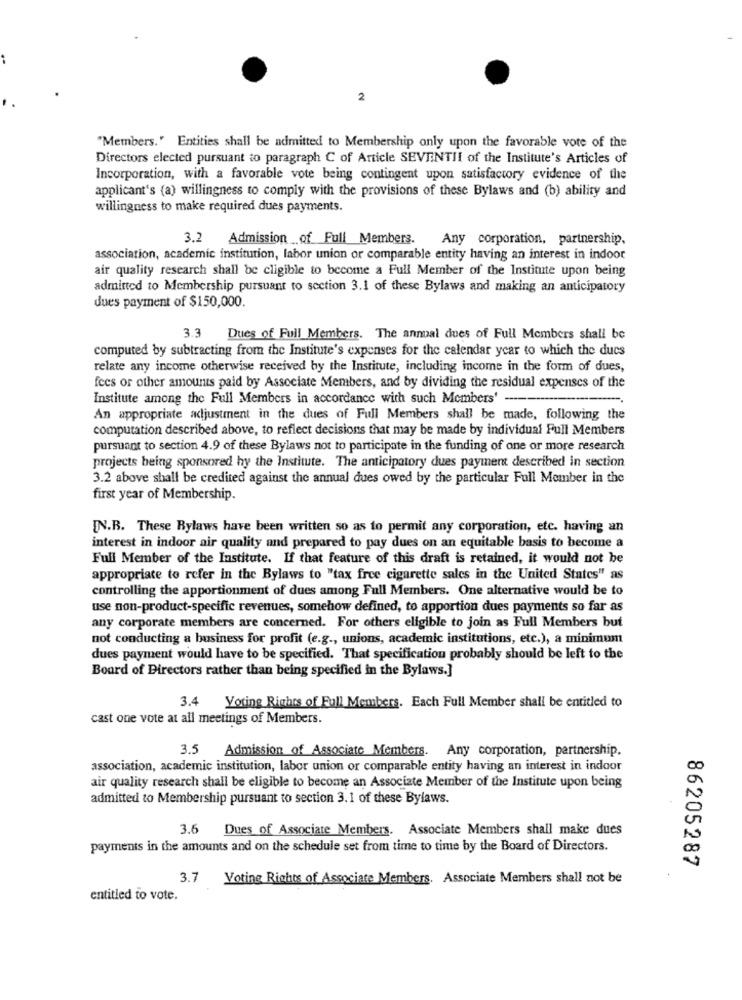
2
"Members." Entities shall be admitted to Membership only upon the favorable vote of the
Directors elected pursuant to paragraph C of Article SEVENTII of the Institute's Articles of
Incorporation, with a favorable vote being contingent upon satisfactory evidence of the
applicant's (a) willingness to comply with the provisions of these Bylaws and (b) ability and
willingness to make required dues payments.
3.2 Admission of Full Memberg.
Any corporation, partnership.
association, academic institution, labor union or comparable entity having an interest in indoor
air quality research shall be cligible to become a Full Member of the Institute upon being
admitted to Membership pursuant to section 3.1 of these Bylaws and making an anticipatory
dues payment of $150,000.
3.3 Dues of Full Members. The annual dues of Full Members shall be
computed by subtracting from the Institute's expenses for the calendar year to which the ducs
relate any income otherwise received by the Institute, including income in the form of dues,
fees or other amounts paid by Associate Members, and by dividing the residual expenses of the
Institute among the Full Members in accordance with such Members'
An appropriate adjustment in the dues of Full Members shall be made, following the
computation described above, to reflect decisions that may be made by individual Full Members
pursuant to section 4.9 of these Bylaws not to participate in the funding of one or more research
projects being sponsored by the Institute. The anticipatory dues payment described in section
3.2 above shall be credited against the annual dues owed by the particular Full Member in the
first year of Membership.
[N.B. These Bylaws have been written so as to permit any corporation, etc. having an
interest in indoor air quality and prepared to pay dues on an equitable basis to become a
Full Member of the Institute. If that feature of this draft is retained, it would not be
appropriate to refer in the Bylaws to "tax free cigarette sales in the United States" as
controlling the apportionment of dues among Full Members. One alternative would be to
use non-product-specific revenues, somehow defined, to apportion dues payments so far as
any corporate members are concerned. For others eligible to join as Full Members but
not conducting a business for profit (e.g ., unions, academic institutions, etc.), a minimum
dues payment would have to be specified. That specification probably should be left to the
Board of Directors rather than being specified in the Bylaws.]
3.4 Voting Rights of Full Members. Each Full Member shall be entitled to
cast one vote at all meetings of Members.
3.5 Admission of Associate Members. Any corporation, partnership.
association, academic institution, labor union or comparable entity having an interest in indoor
air quality research shall be eligible to become an Associate Member of the Institute upon being
admitted to Membership pursuant to section 3.1 of these Bylaws.
3.6 Dues of Associate Members. Associate Members shall make dues
payments in the amounts and on the schedule set from time to time by the Board of Directors.
86205287
3.7 Voting Rights of Associate Members. Associate Members shall not be
entitled to vote.